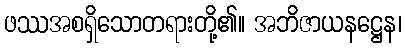
ဖဿအစရှိသောတရားတို့၏။ အဘိဇာယနဋ္ဌေန၊